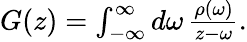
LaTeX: \begin{array}{r}{G(z)=\int_{-\infty}^{\infty}d\omega\, \frac{\rho(\omega)}{z-\omega}.}\end{array}